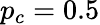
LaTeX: p_{c}=0.5